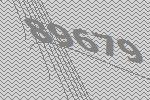
89679